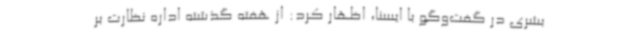
بشری در گفت‌وگو با ایسنا، اظهار کرد: از هفته گذشته اداره نظارت بر